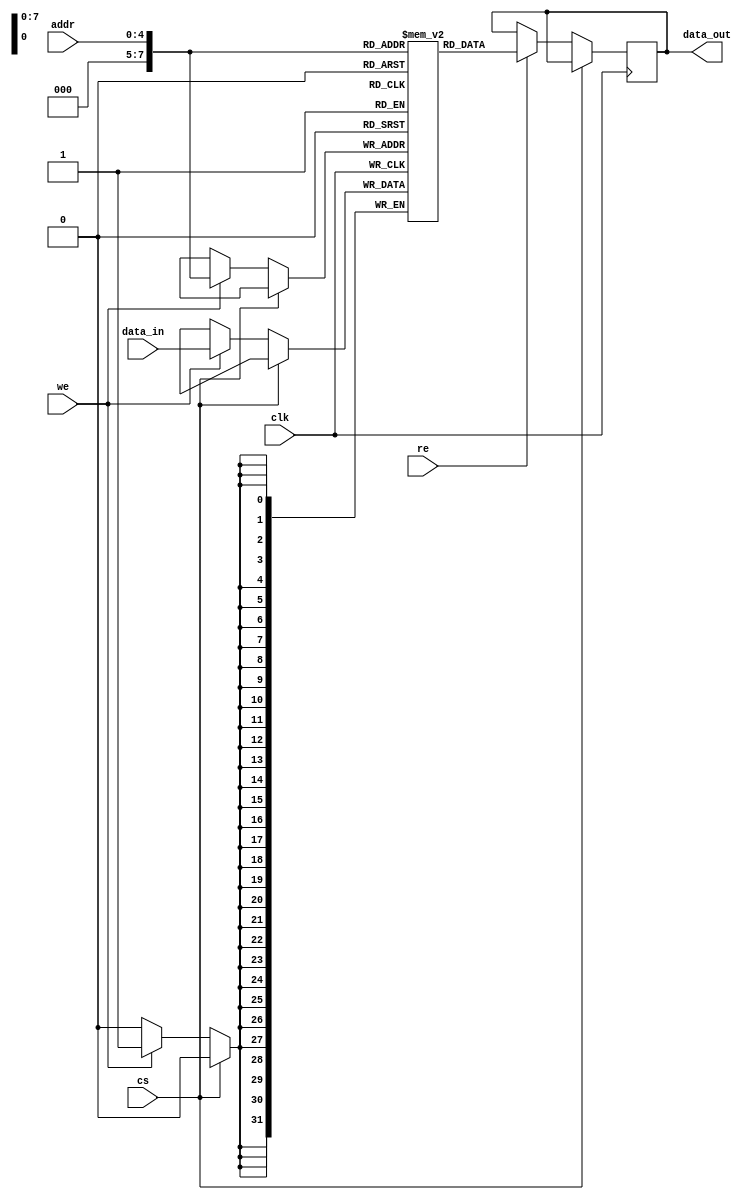
module io_cache_sram #(
    parameter WORD_SIZE = 32,      // Size of each word (in bits)
    parameter MEMORY_SIZE = 1024    // Total memory size in bytes (1KB)
)(
    input wire clk,                 // Clock signal
    input wire cs,                  // Chip Select (active low)
    input wire we,                  // Write Enable (active high)
    input wire re,                  // Read Enable (active high)
    input wire [($clog2(MEMORY_SIZE/WORD_SIZE)-1):0] addr, // Address input
    input wire [WORD_SIZE-1:0] data_in, // Data input
    output reg [WORD_SIZE-1:0] data_out // Data output
);

    // Calculate the number of words in memory
    localparam NUM_WORDS = MEMORY_SIZE / (WORD_SIZE / 8);

    // Memory storage
    reg [WORD_SIZE-1:0] memory [0:NUM_WORDS-1];

    always @(posedge clk) begin
        if (!cs) begin // If chip select is low (active)
            if (we) begin
                // Write operation
                memory[addr] <= data_in;
            end
            if (re) begin
                // Read operation
                data_out <= memory[addr];
            end
        end
    end
endmodule